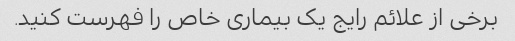
برخی از علائم رایج یک بیماری خاص را فهرست کنید.